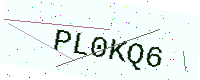
Text: PL0KQ6